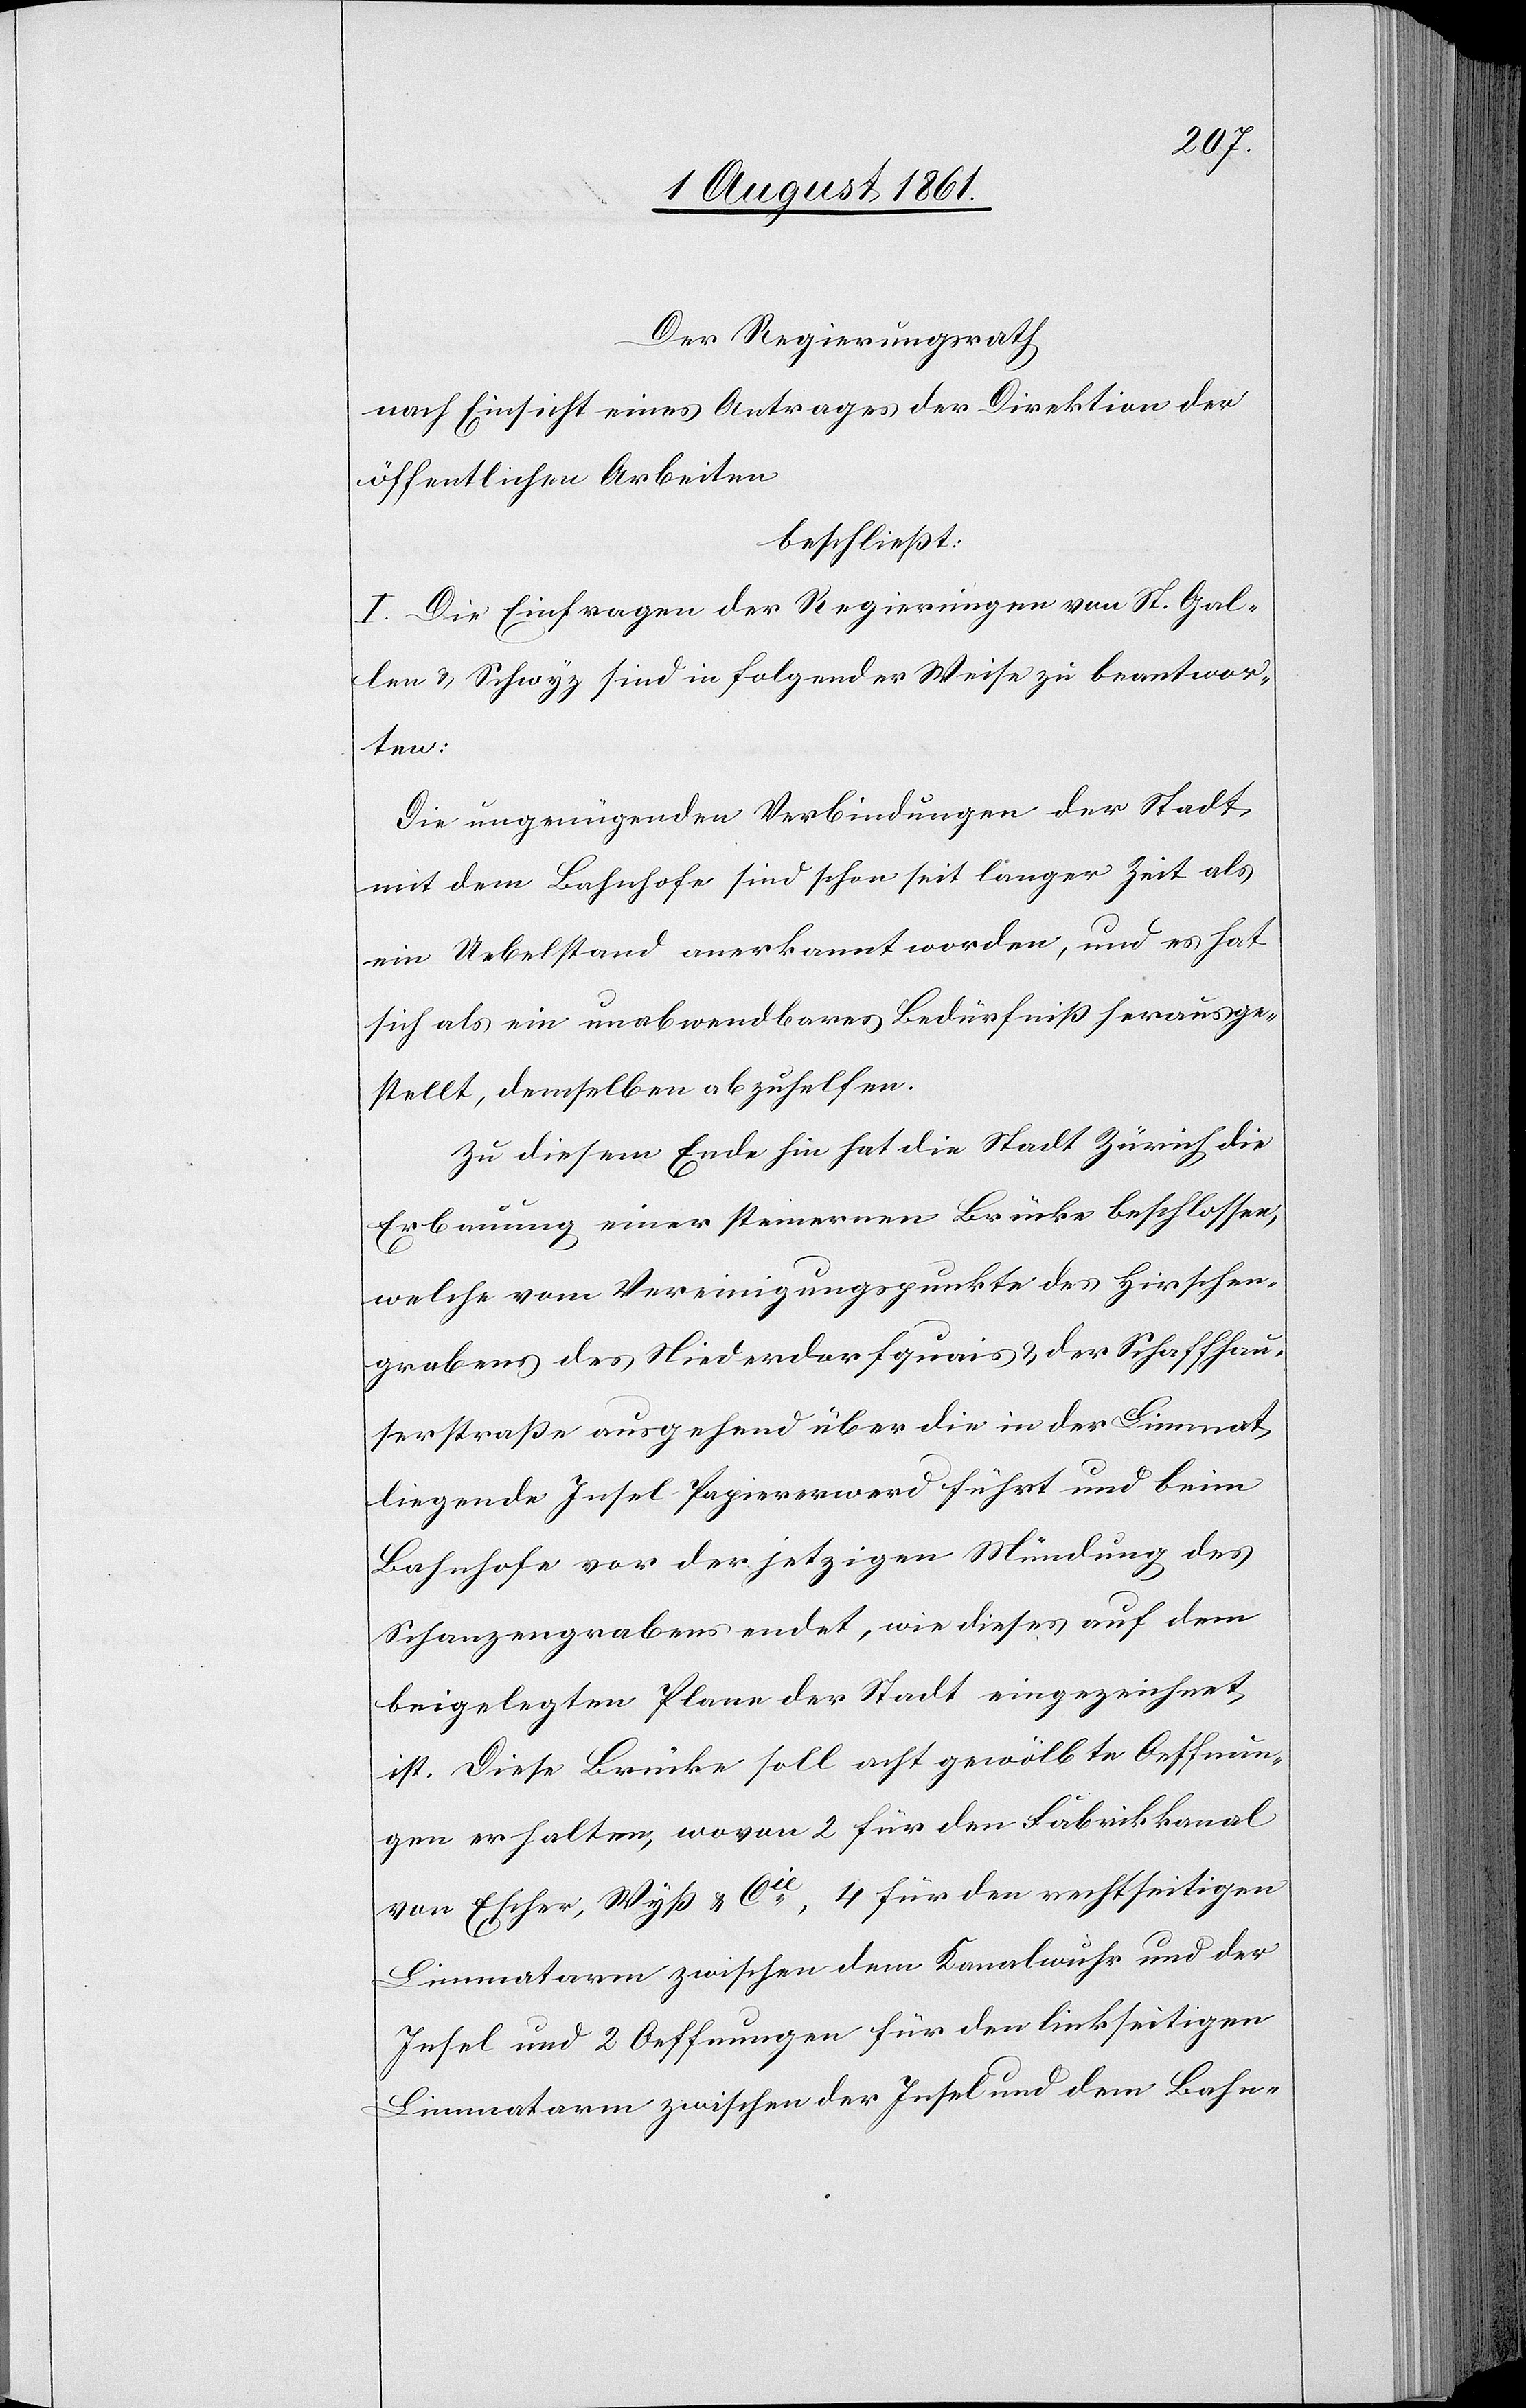
Der Regierungsrath
nach Einsicht eines Antrages der Direktion der
öffentlichen Arbeiten
beschließt:
I. Die Einfragen der Regierungen von St. Gal¬
len u. Schwyz sind in folgender Weise zu beantwor¬
ten:
Die ungenügenden Verbindungen der Stadt
mit dem Bahnhofe sind schon seit längerer Zeit als
ein Uebelstand anerkannt worden, und es hat
sich als ein unabwendbares Bedürfniß herausge¬
stellt, demselben abzuhelfen.
Zu diesem Ende hin hat die Stadt Zürich die
Erbauung einer steinernen Brücke beschlossen,
welche vom Vereinigungspunkte des Hirschen¬
grabens des Niederdorfquais u. der Schaffhau¬
serstraße ausgehend über die in der Limmat
liegende Insel Papiererwerd führt und beim
Bahnhofe vor der jetzigen Mündung des
Schanzengrabens endet, wie dieses auf dem
beigelegten Plan der Stadt eingezeichnet
ist. Diese Brücke soll acht gewölbte Oeffnun¬
gen erhalten, wovon 2 für den Fabrikkanal
von Escher, Wyß u. Cie, 4 für den rechtseitigen
Limmatarm zwischen dem Kanalwuhr und der
Insel und 2 Oeffnungen für den linkseitigen
Limmatarm zwischen der Insel und dem Bahn-